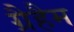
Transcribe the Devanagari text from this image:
ग्रैहैम